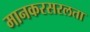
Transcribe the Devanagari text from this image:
मानकरसरलता